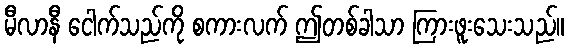
မီလာနီ ငေါက်သည်ကို စကားလက် ဤတစ်ခါသာ ကြားဖူးသေးသည်။